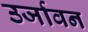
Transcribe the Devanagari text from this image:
उर्जावन